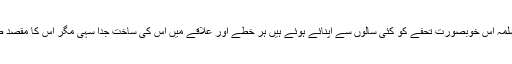
یوم حجاب منانے کا فیصلہ آج سے محض چند سال قبل ہوا جبکہ امت مسلمہ اس خوبصورت تحفے کو کئی سالوں سے اپنائے ہوئے ہیں ہر خطے اور علاقے میں اس کی ساخت جدا سہی مگر اس کا مقصد صرف اور صرف ایک ہے معاشرے کو حیا کی چادر سے مزین رکھنا ۔